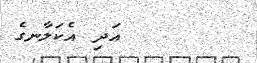
އަދި އެކަލާނގެ